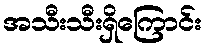
အသီးသီးရှိကြောင်း